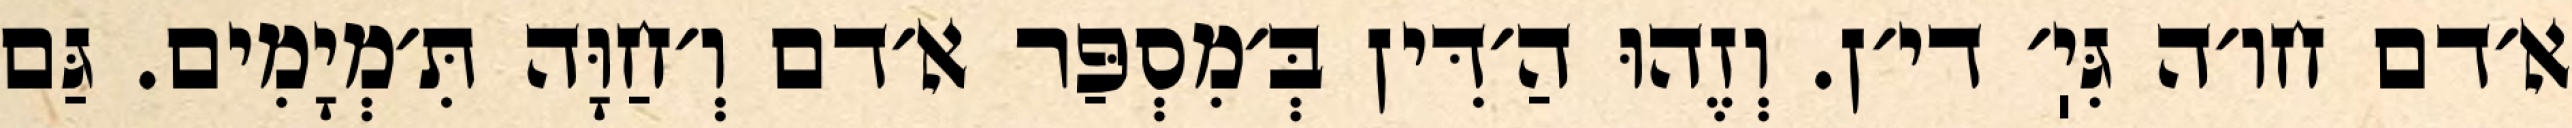
א׳דם חו׳ה גִּיֽ׳ די׳ן. וְזֶהוּ הַ׳דִּין בְּ׳מִסְפַּר א׳דם וְ׳חַוָּה תִּ׳מְיָמִים. גַּם